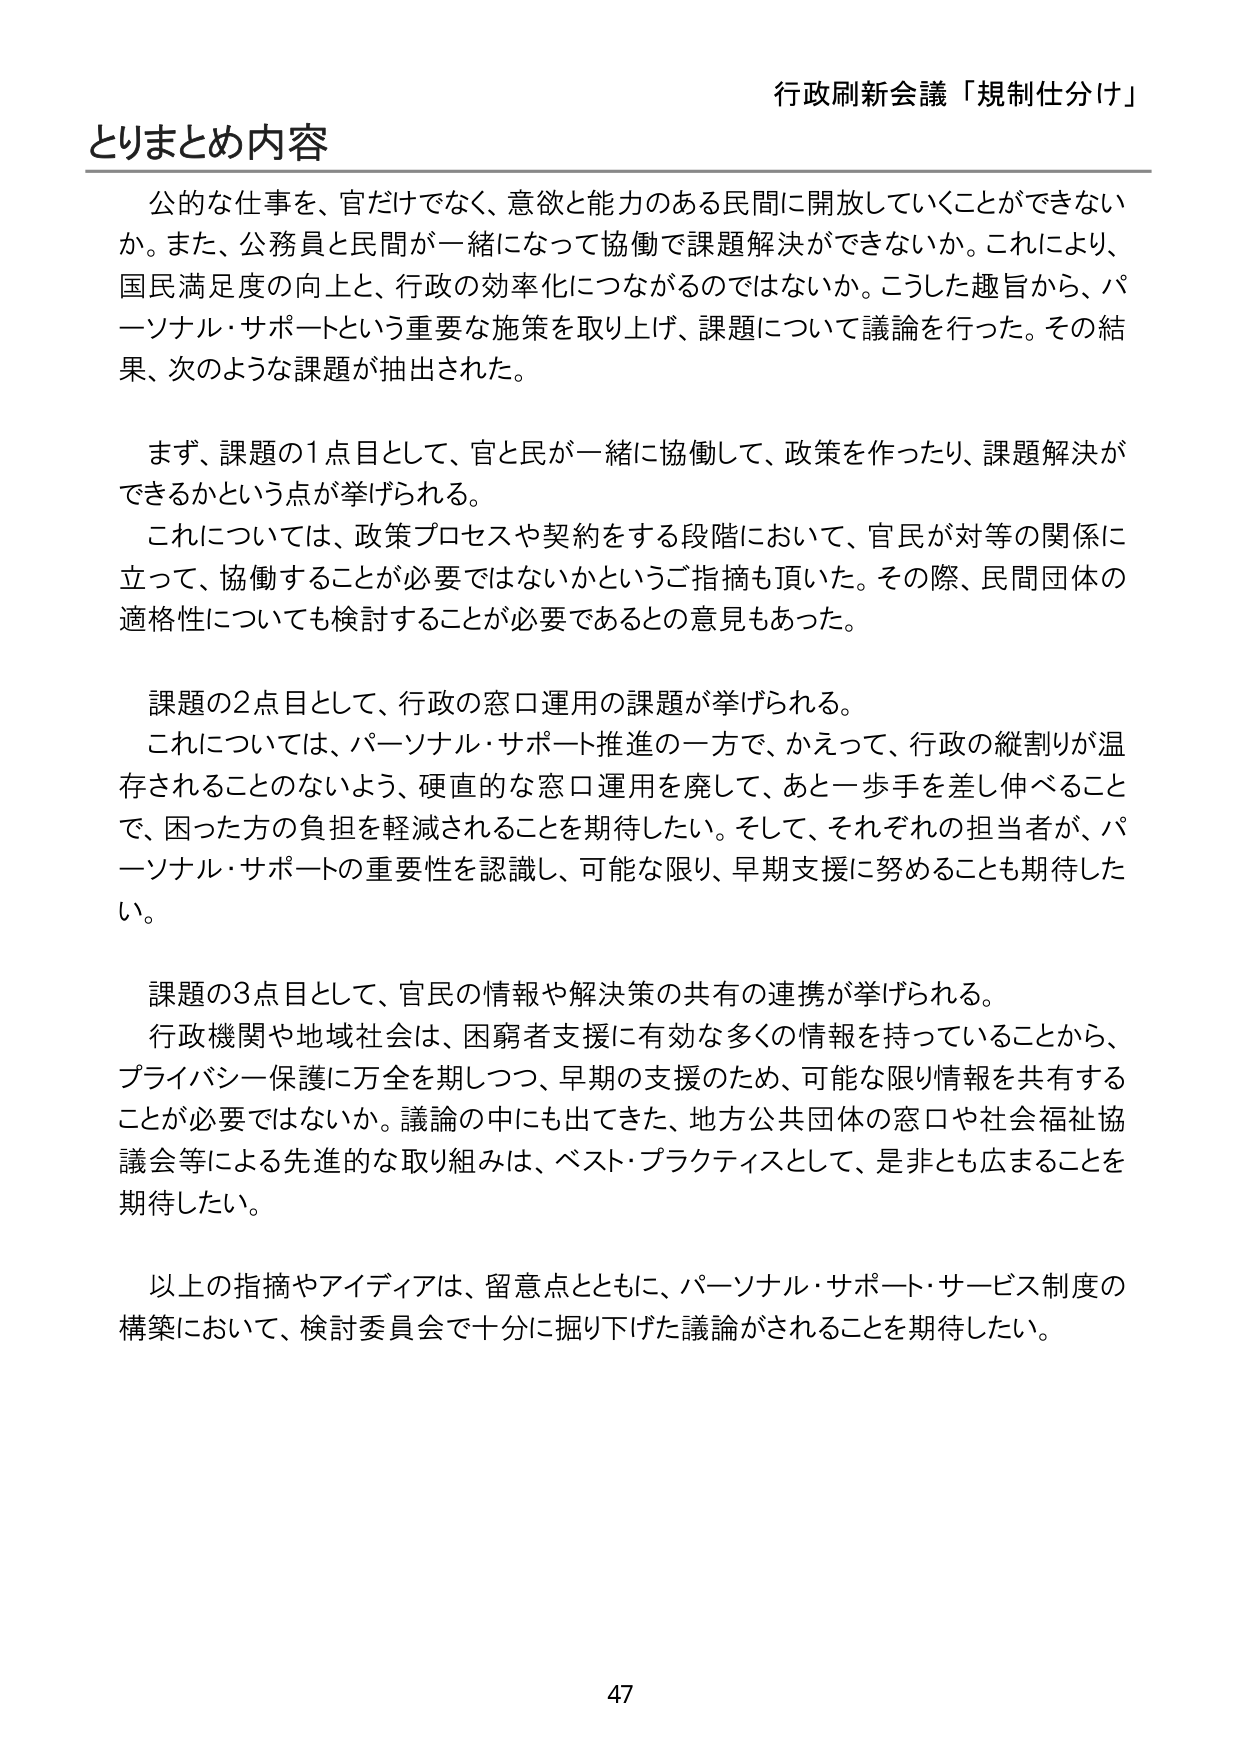
行政刷新会議「規制仕分け」

とりまとめ内容

公的な仕事を、官だけでなく、意欲と能力のある民間に開放していくことができないか。また、公務員と民間が一緒になって協働で課題解決ができないか。これにより、国民満足度の向上と、行政の効率化につながるのではないか。こうした趣旨から、パーソナル・サポートという重要な施策を取り上げ、課題について議論を行った。その結果、次のような課題が抽出された。

まず、課題の1点目として、官と民が一緒に協働して、政策を作ったり、課題解決ができるかという点が挙げられる。
これについては、政策プロセスや契約をする段階において、官民が対等の関係に立って、協働することが必要ではないかというご指摘も頂いた。その際、民間団体の適格性についても検討することが必要であるとの意見もあった。

課題の2点目として、行政の窓口運用の課題が挙げられる。
これについては、パーソナル・サポート推進の一方で、かえって、行政の縦割りが温存されることのないよう、硬直的な窓口運用を廃して、あと一歩手を差し伸べることで、困った方の負担を軽減されることを期待したい。そして、それぞれの担当者が、パーソナル・サポートの重要性を認識し、可能な限り、早期支援に努めることも期待したい。

課題の3点目として、官民の情報や解決策の共有の連携が挙げられる。
行政機関や地域社会は、困窮者支援に有効な多くの情報を持っていることから、プライバシー保護に万全を期しつつ、早期の支援のため、可能な限り情報を共有することが必要ではないか。議論の中にも出てきた、地方公共団体の窓口や社会福祉協議会等による先進的な取り組みは、ベスト・プラクティスとして、是非とも広まることを期待したい。

以上の指摘やアイディアは、留意点とともに、パーソナル・サポート・サービス制度の構築において、検討委員会で十分に掘り下げた議論がされることを期待したい。

47